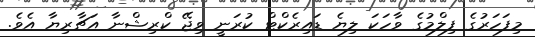
މިފަހަރުގެ ފިލްމުގެ ވާހަކަ ލިޔެ ޑައިރެކްޓް ކުރަނީ ވިޖޭ ކްރިޝްނާ އަޗާރިޔާ އެވެ.